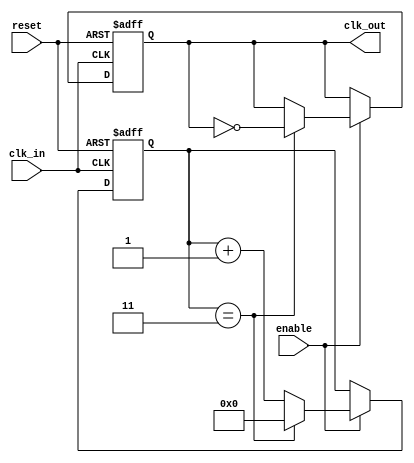
module clk_divider #(
    parameter N = 4 // Division factor, configurable parameter
)(
    input wire clk_in,      // Input clock signal
    input wire reset,       // Asynchronous reset signal
    input wire enable,      // Enable signal for the clock output
    output reg clk_out      // Output clock signal
);

    reg [31:0] counter;     // Counter to track clock cycles

    // Asynchronous reset and clock division logic
    always @(posedge clk_in or posedge reset) begin
        if (reset) begin
            counter <= 0;    // Reset counter
            clk_out <= 0;    // Reset output clock
        end else if (enable) begin
            if (counter == (N - 1)) begin
                clk_out <= ~clk_out; // Toggle output clock
                counter <= 0;         // Reset counter
            end else begin
                counter <= counter + 1; // Increment counter
            end
        end
    end

endmodule